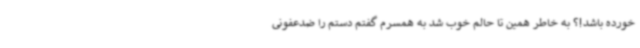
خورده باشد!؟ به خاطر همین تا حالم خوب شد به همسرم گفتم دستم را ضدعفونی